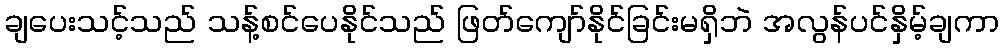
ချပေးသင့်သည် သန့်စင်ပေနိုင်သည် ဖြတ်ကျော်နိုင်ခြင်းမရှိဘဲ အလွန်ပင်နှိမ့်ချကာ